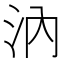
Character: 汭